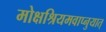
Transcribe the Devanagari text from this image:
मोक्षश्रियमवाप्नुयात्